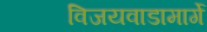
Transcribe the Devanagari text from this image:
विजयवाडामार्गे